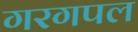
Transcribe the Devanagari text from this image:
गरगपल